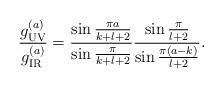
LaTeX: \begin{align*}{g_{\tiny\rm UV}^{(a)}\over{g_{\tiny\rm IR}^{(a)}}}={\sin{\pi a\over{k+l+2}}\over{\sin{\pi\over{k+l+2}}}}{\sin{\pi\over{l+2}}\over{\sin{\pi(a-k)\over{l+2}}}}.\end{align*}